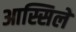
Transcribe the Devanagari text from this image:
आस्सिले